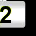
Digit: 2